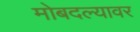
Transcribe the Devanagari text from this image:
मोबदल्यावर